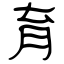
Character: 育